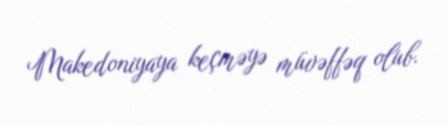
Makedoniyaya keçməyə müvəffəq olub.